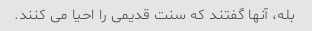
بله، آنها گفتند که سنت قدیمی را احیا می کنند.